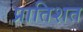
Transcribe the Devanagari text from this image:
प्रातिशत